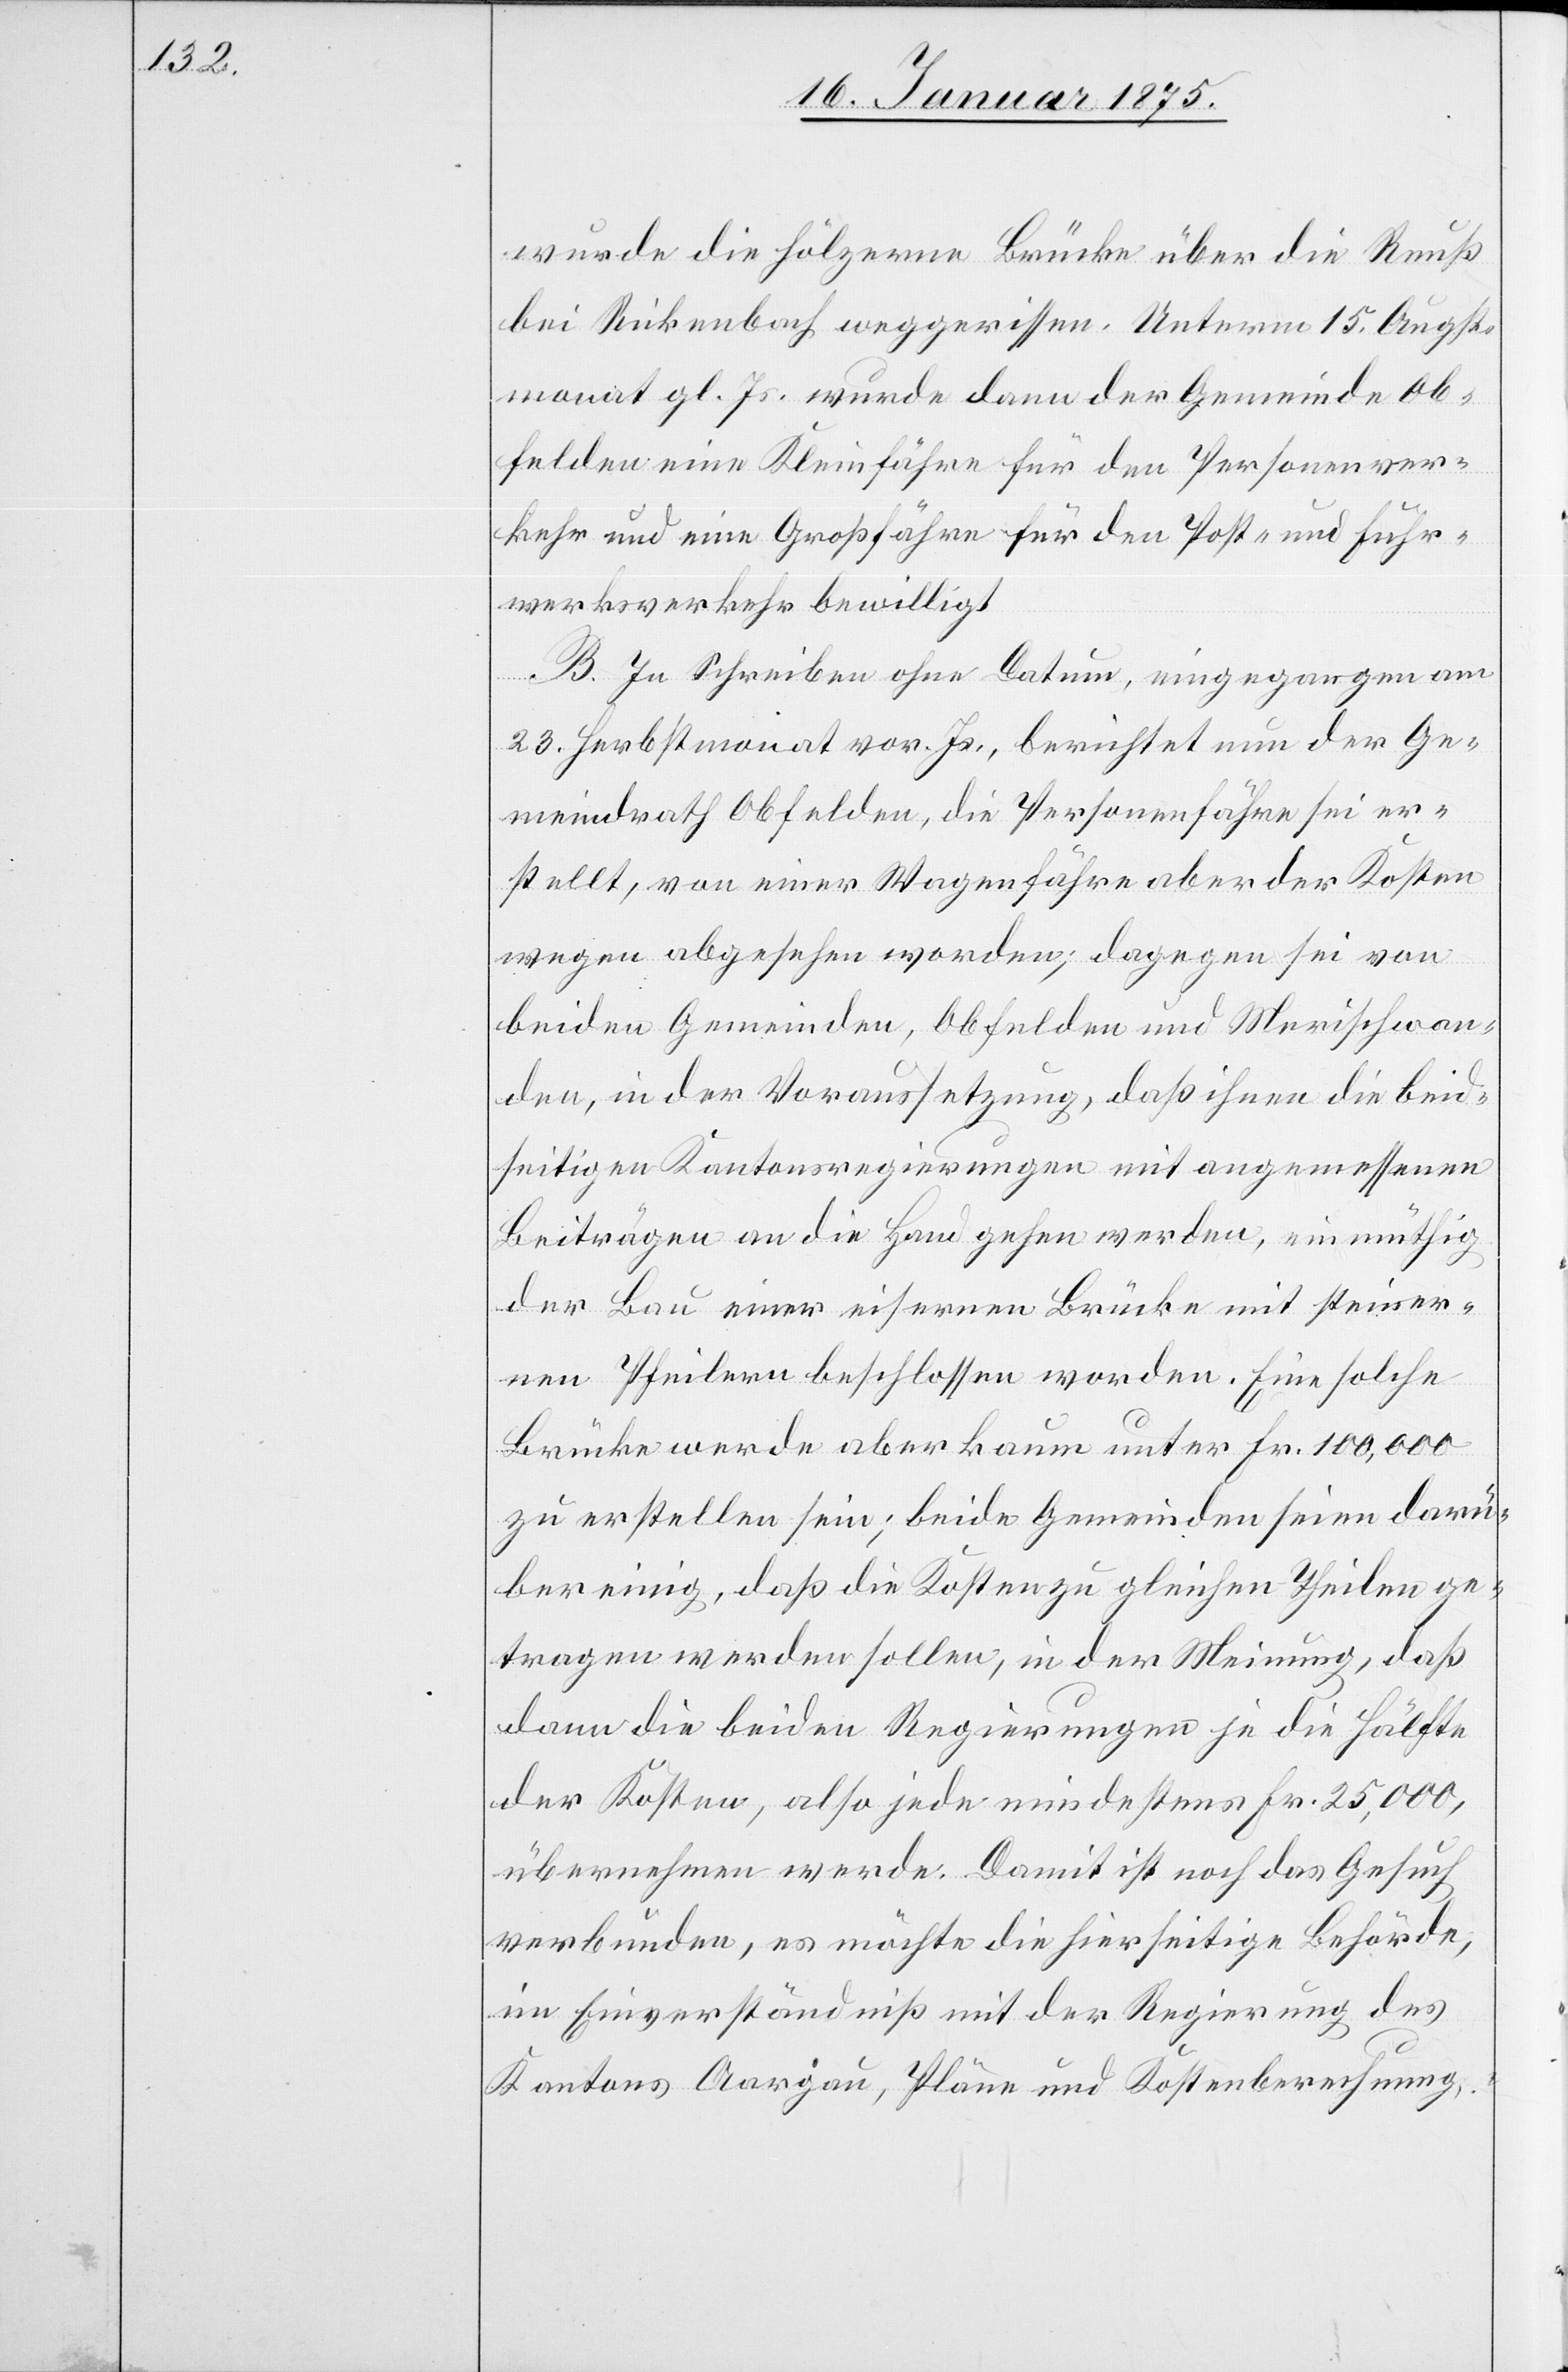
wurde die hölzerne Brücke über die Reuß
bei Rickenbach weggerissen. Unterm 15. Augst¬
monat gl. Js. wurde dann der Gemeinde Ob¬
felden eine Kleinfähre für den Personenver¬
kehr und eine Großfähre für den Post- und Fuhr¬
werksverkehr bewilligt.
B. In Schreiben ohne Datum, eingegangen am
23. Herbstmonat vor. Js., berichtet nun der Ge¬
meindrath Obfelden, die Personenfähre sei er¬
stellt, von einer Wagenfähre aber der Kosten
wegen abgesehen worden; dagegen sei von
beiden Gemeinden, Obfelden und Merischwan¬
den, in der Voraussetzung, daß ihnen die beid¬
seitigen Kantonsregierungen mit angemessenen
Beiträgen an die Hand gehen werden, einmüthig
der Bau einer eisernen Brücke mit steiner¬
nen Pfeilern beschlossen worden. Eine solche
Brücke werde aber kaum unter Fr. 100,000
zu erstellen sein; beide Gemeinden seien darü¬
ber einige, daß die Kosten zu gleichen Theilen ge¬
tragen werden sollen, in der Meinung, daß
dann die beiden Regierungen je die Hälfte
der Kosten, also jede mindestens Fr. 25,000,
übernehmen werden. Damit ist noch das Gesuch
verbunden, es möchte die hierseitige Behörde,
im Einverständniß mit der Regierung des
Kantons Aargau, Pläne und Kostenberechnung